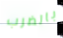
بالضرب